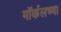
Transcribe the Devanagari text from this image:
मॉर्कलच्या